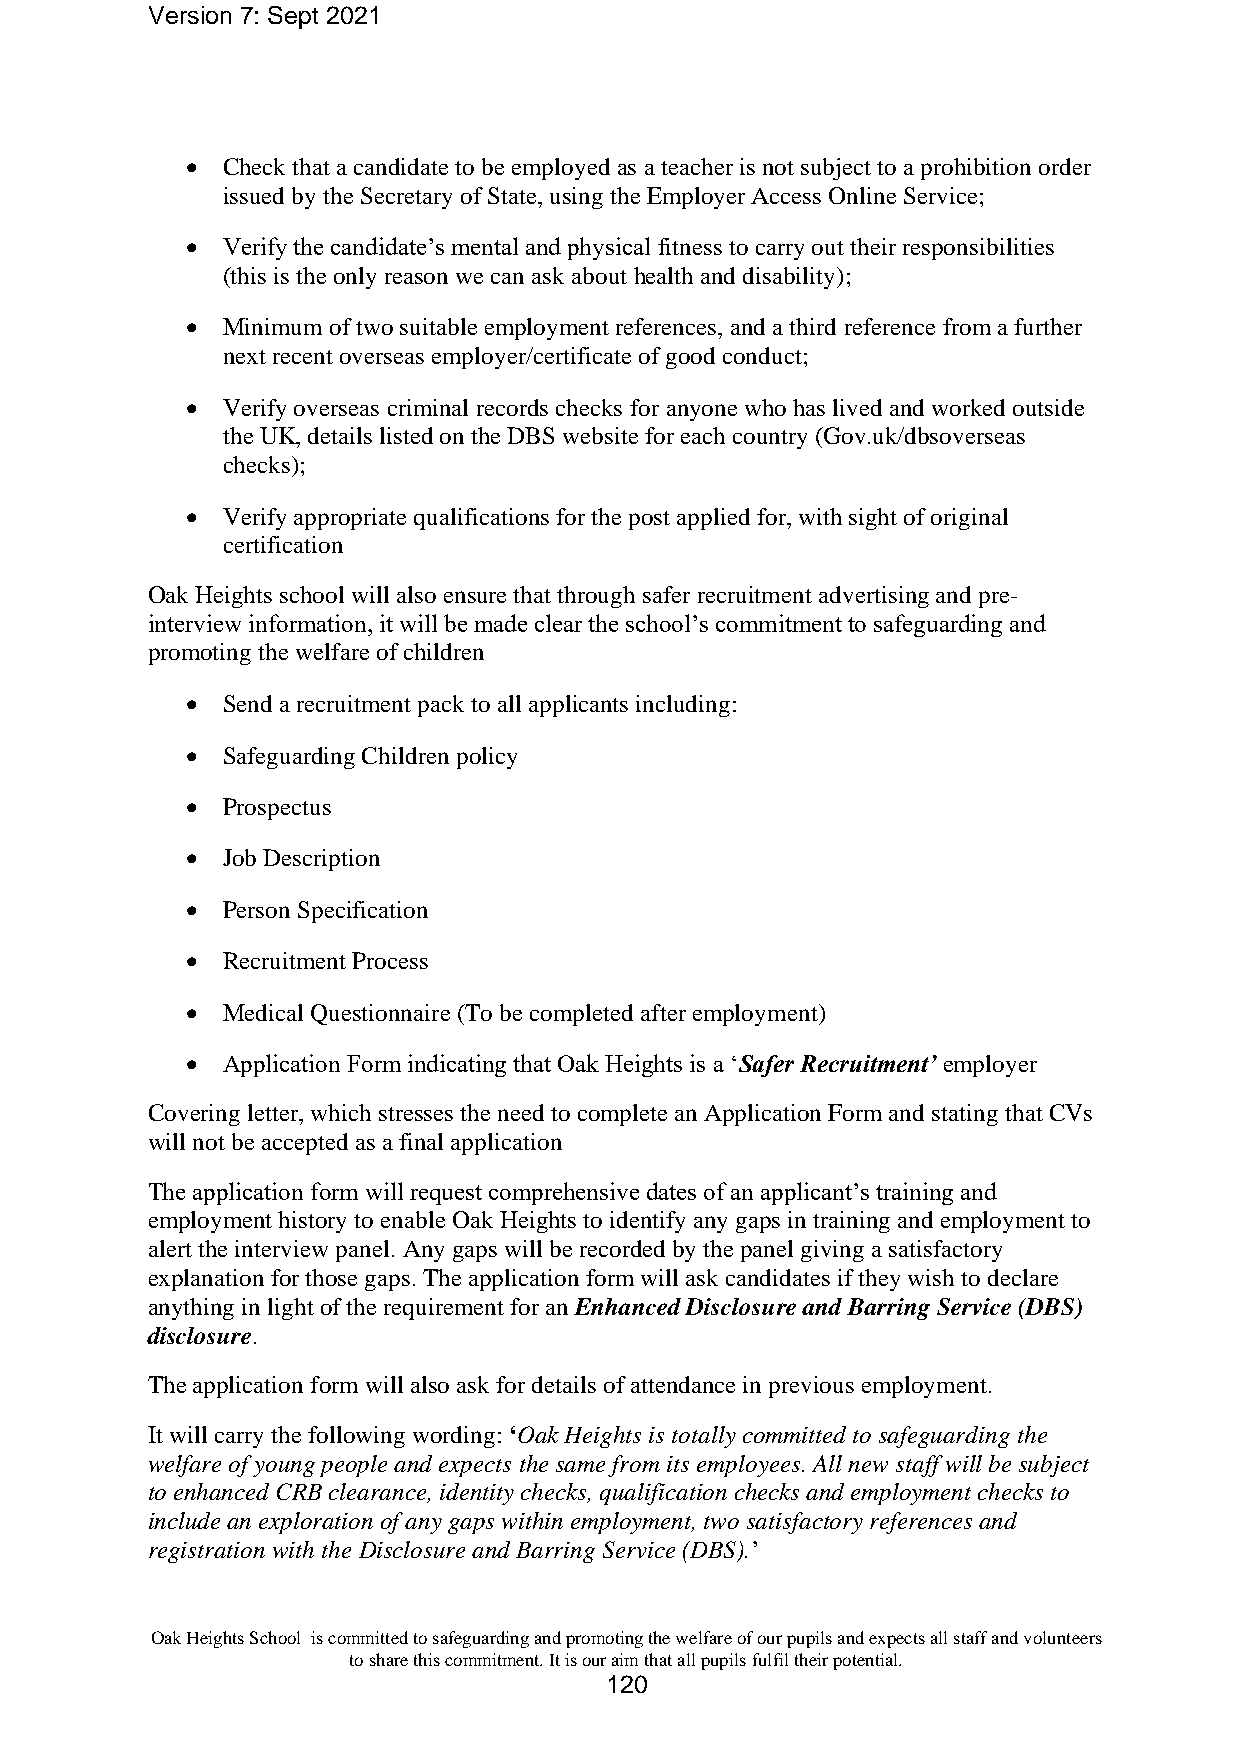
Version 7: Sept 2021
 •  Check that a candidate to be employed as a teacher is not subject to a prohibition order
 issued by the Secretary of State, using the Employer Access Online Service;
 •  Verify the candidate’s mental and physical fitness to carry out their responsibilities
 (this is the only reason we can ask about health and disability);
 •  Minimum of two suitable employment references, and a third reference from a further
 next recent overseas employer/certificate of good conduct;
 •  Verify overseas criminal records checks for anyone who has lived and worked outside
 the UK, details listed on the DBS website for each country (Gov.uk/dbsoverseas
 checks);
 •  Verify appropriate qualifications for the post applied for, with sight of original
 certification
 Oak Heights school will also ensure that through safer recruitment advertising and pre-
 interview information, it will be made clear the school’s commitment to safeguarding and
 promoting the welfare of children
 •  Send a recruitment pack to all applicants including:
 •  Safeguarding Children policy
 •  Prospectus
 •  Job Description
 •  Person Specification
 •  Recruitment Process
 •  Medical Questionnaire (To be completed after employment)
 •  Application Form indicating that Oak Heights is a ‘Safer Recruitment’ employer
 Covering letter, which stresses the need to complete an Application Form and stating that CVs
 will not be accepted as a final application
 The application form will request comprehensive dates of an applicant’s training and
 employment history to enable Oak Heights to identify any gaps in training and employment to
 alert the interview panel. Any gaps will be recorded by the panel giving a satisfactory
 explanation for those gaps. The application form will ask candidates if they wish to declare
 anything in light of the requirement for an Enhanced Disclosure and Barring Service (DBS)
 disclosure.
 The application form will also ask for details of attendance in previous employment.
 It will carry the following wording: ‘Oak Heights is totally committed to safeguarding the
 welfare of young people and expects the same from its employees. All new staff will be subject
 to enhanced CRB clearance, identity checks, qualification checks and employment checks to
 include an exploration of any gaps within employment, two satisfactory references and
 registration with the Disclosure and Barring Service (DBS).’
 Oak Heights School is committed to safeguarding and promoting the welfare of our pupils and expects all staff and volunteers
 to share this commitment. It is our aim that all pupils fulfil their potential.
 120